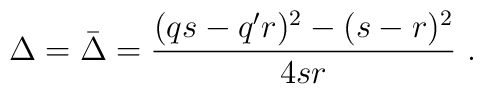
\label{Kac_{f}ormula}\displaystyle \Delta =\bar{\Delta }=\frac{(qs-q'r)^{2}-(s-r)^{2}}{4sr}\, \, .